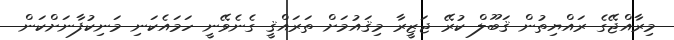
މިރާއްޖޭގެ ރައްޔިތުން ޤަބޫލް ކުރޭ ޖަޒީރާ މިޤައުމަށް ތަރައްޤީ ގެނެވޭނީ ހަމައެކަނި މަނިކުފާނަށްކަން